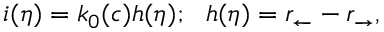
i ( \eta ) = k _ { 0 } ( c ) h ( \eta ) ; ~ ~ h ( \eta ) = r _ { \leftarrow } - r _ { \rightarrow } ,